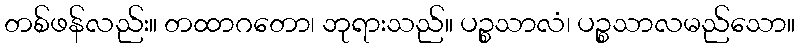
တစ်ဖန်လည်း။ တထာဂတော၊ ဘုရားသည်။ ပဉ္စသာလံ၊ ပဉ္စသာလမည်သော။